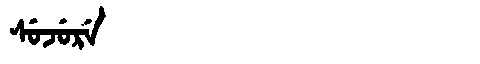
Manchu: ᠰᡠᠵᡠᡵᡝ
Romanization: SUJURE